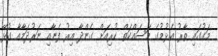
މަގުގައި ތާރު އެޅުމުގެ މަސައްކަތް ކުރިއަށް ގެންދާ އިރު ފެނާއި ނަރުދަމާއާ ގުޅޭ